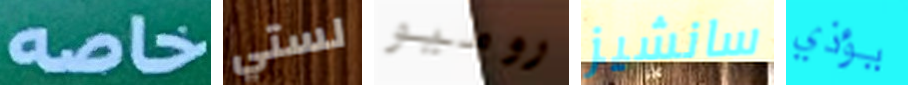
خاصه لستي روميو سانشيز يؤذي